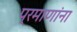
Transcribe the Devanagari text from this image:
प्रमाणांना